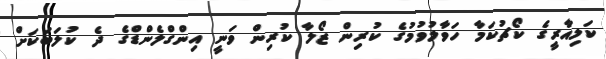
ކަލިއާރީގެ ކޯޗުކަމާ ހަވާލުވުމުގެ ކުރިން ޒޯލާ ކުރިން ވަނީ އިންގްލެންޑްގެ ދެ ކުލަބަކަށް